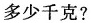
多少千克?